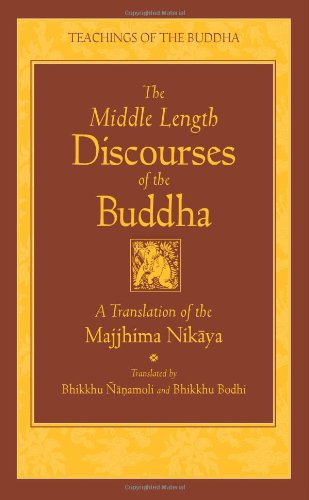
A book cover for The Middle Length Discourses of the Buddha: A Translation of the Majjhima Nikaya (Teachings of the Buddha); Literature & Fiction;